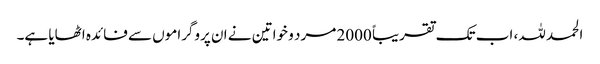
الحمد للہ، اب تک تقریباً 2000 مرد و خواتین نے ان پروگراموں سے فائدہ اٹھایا ہے۔